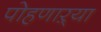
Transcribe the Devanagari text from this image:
पोहणाऱ्या